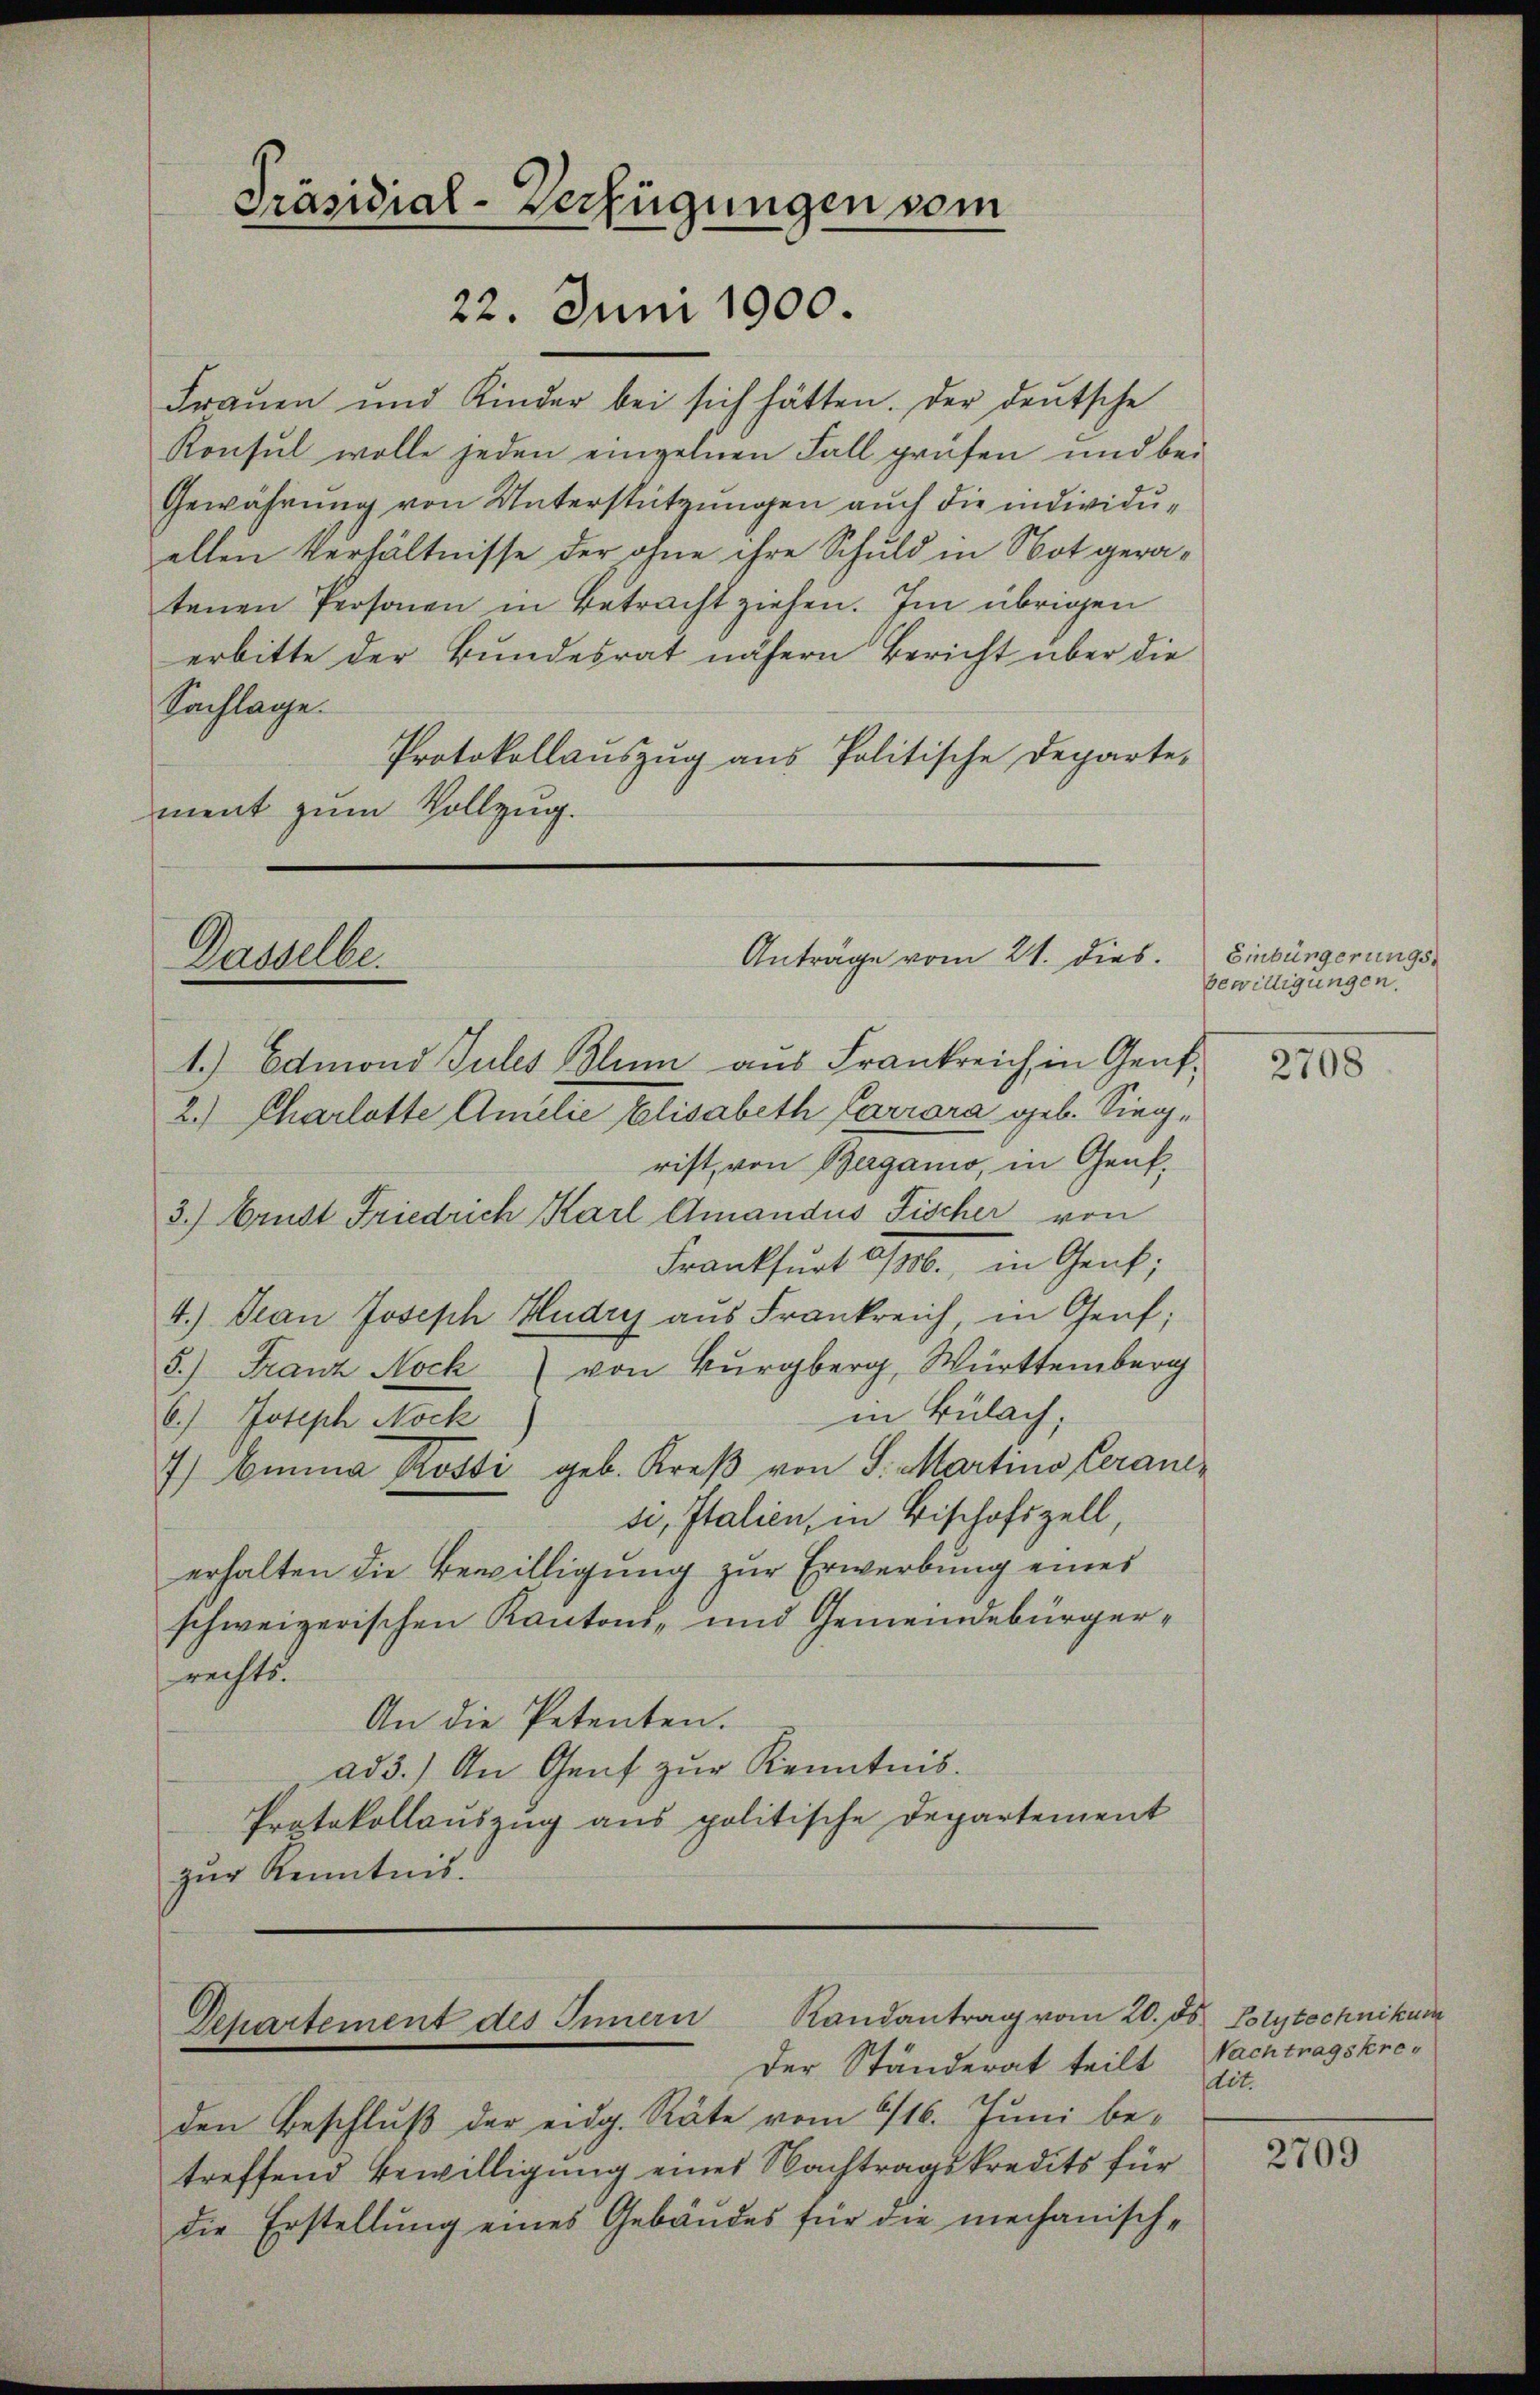
Frauen und Kinder bei sich hätten. Der deutsche
Konsul wolle jeden einzelnen Fall prüfen und bei
Gewährung von Unterstützungen auch die individuellen Verhältnisse der ohne ihre Schuld in Not geratenen Personen in Betracht ziehen. Im übrigen
erbitte der Bundesrat nähern Bericht über die
Sachlage.
Protokollauszug aus Politische Departe-
ment zum Vollzug.

Präsidial-Verfügungen vom
22. Juni 1900.

Dasselbe.

Anträge vom 21. dies.

1.) Edmond Jules Blum aus Frankreich in Gent¬
2.) Charlotte Amelie Elisabeth Carrara geb. Sieg-
rist, von Bergano, in Genk.
3.) Erndt Friedrich Karl Amandus Fischer von
Frankfurt 2/10. in Genf;
4.) Jean Joseph Hudry aus Frankreich in Genf;
5.) Franz Nock von Burgberg, Württemberg
in Bülach,
6.) Joseph Nock
7) Einna Kosti geb. Kreβ von S. Martino Peran-
si, Italien, in Bischofszell
erhalten die Bewilligung zur Erwerbung eines
schweizerischen Kantons- und Gemeindebürgerrechts.
An die Petenten.
ad 3.) An Genf zur Kenntnis.
Protokollauszug aus politische Departement
zur Kenntnis.

Randantrag vom 20. ds. Polytechnikum
Dchartement des Innern
Der Ständerat teilt Nachtragskre¬

den Beschluß der eidg. Räte vom 6/16. Juni betreffend Bewilligung eines Nachtragskredits für
die Erstellung eines Gebäudes für die mechanisch-

Einbürgerungs
bewilligungen.

2708

dit.

2709